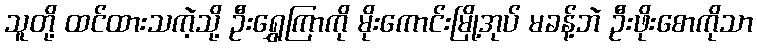
သူတို့ ထင်ထားသကဲ့သို့ ဦးရွှေကြာကို မိုးကောင်းမြို့အုပ် မခန့်ဘဲ ဦးဖိုးစောကိုသာ